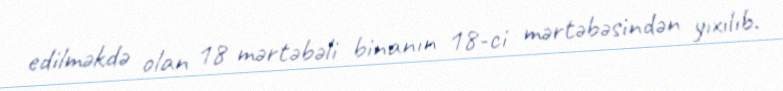
edilməkdə olan 18 mərtəbəli binanın 18-ci mərtəbəsindən yıxılıb.